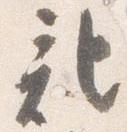
記